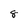
Character: 8